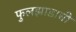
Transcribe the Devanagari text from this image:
फुलझाडाची